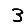
Digit: 3